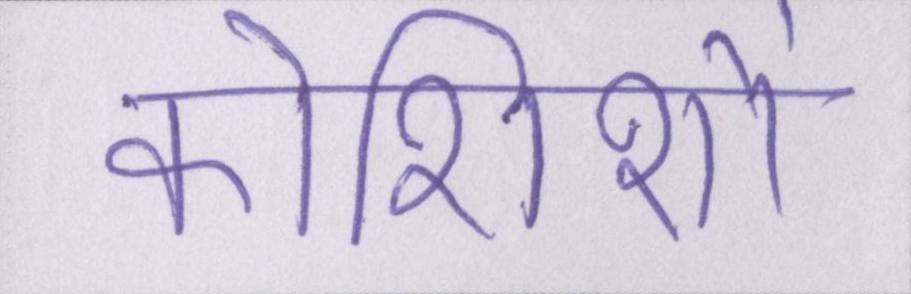
कोशिशों